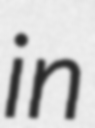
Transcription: in